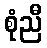
စုံညီ